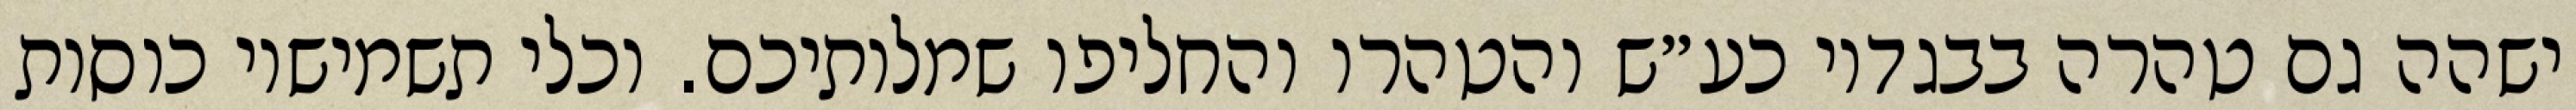
ישהה גם טהרה בבגדיו כע״ש והטהרו והחליפו שמלותיכם. וכלי תשמישיו כוסות